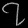
Digit: ၇